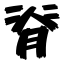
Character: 脊